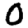
Digit: 0